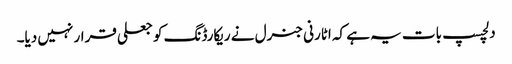
دلچسپ بات یہ ہے کہ اٹارنی جنرل نے ریکارڈنگ کو جعلی قرار نہیں دیا۔